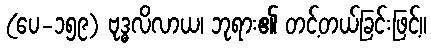
(ပေ-၁၅၉) ဗုဒ္ဓလိလာယ၊ ဘုရား၏ တင့်တယ်ခြင်းဖြင့်။